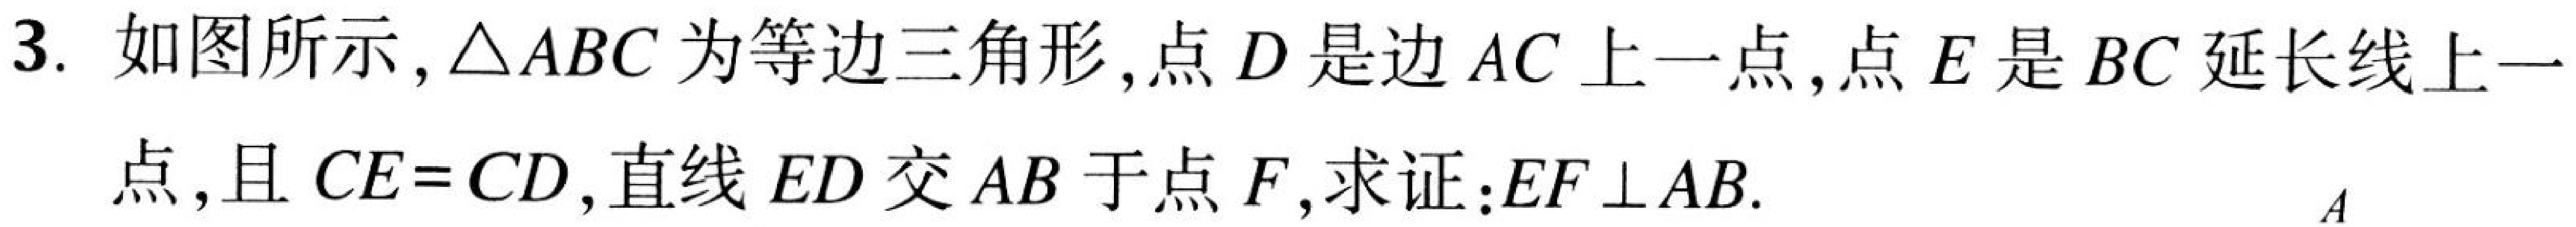
3. 如图所示，$\triangle ABC$为等边三角形，点$D$是边$AC$上一点，点$E$是$BC$延长线上一
点，且$CE = CD$，直线$ED$交$AB$于点$F$，求证：$EF\perp AB$.